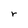
Character: r